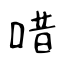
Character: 唶